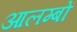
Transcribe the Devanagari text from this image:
आलम्बों